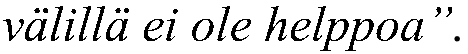
välillä ei ole helppoa”.